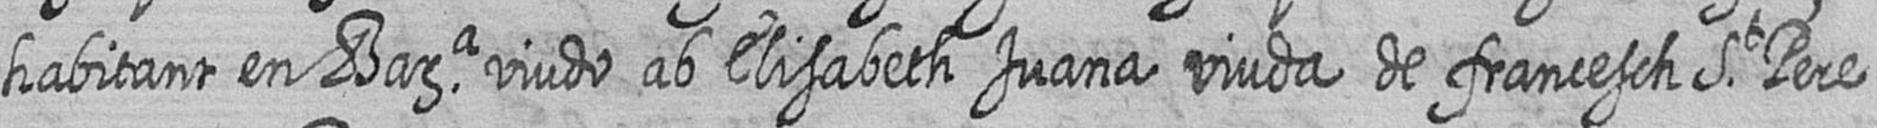
habitant en Bara viudo ab Elisabeth Juana viuda de francesch St Pere